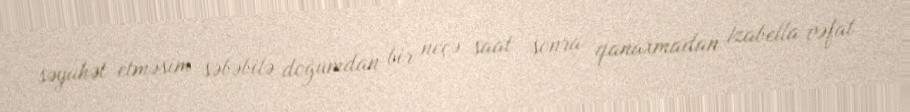
səyahət etməsim səbəbilə doğumdan bir neçə saat sonra qanaxmadan İzabella vəfat